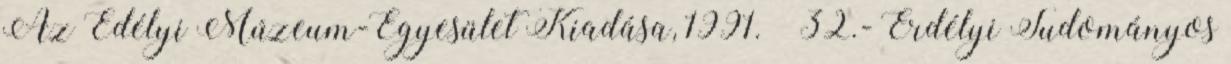
Az Edélyi Múzeum-Egyesület Kiadása, 1991. – 32.- Erdélyi Tudományos